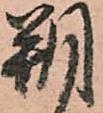
朔